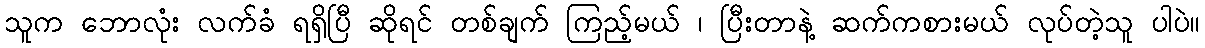
သူက ဘောလုံး လက်ခံ ရရှိပြီ ဆိုရင် တစ်ချက် ကြည့်မယ် ၊ ပြီးတာနဲ့ ဆက်ကစားမယ် လုပ်တဲ့သူ ပါပဲ။